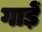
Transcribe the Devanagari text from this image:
गाड़ें